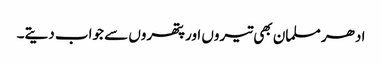
ادھر مسلمان بھی تیروں اور پتھروں سے جواب دیتے۔